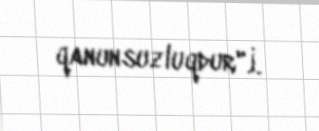
qanunsuzluqdur".İ.